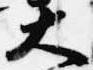
大